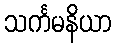
သင်္ကမနိယာ